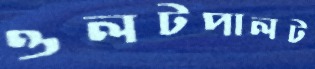
ওলটপালট